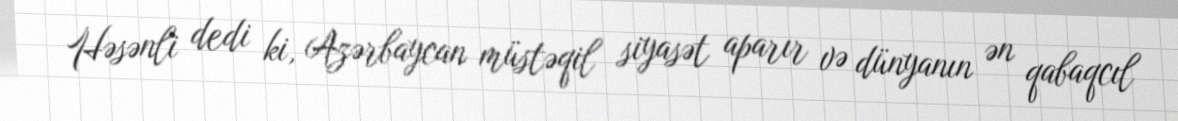
Həsənli dedi ki, Azərbaycan müstəqil siyasət aparır və dünyanın ən qabaqcıl